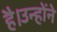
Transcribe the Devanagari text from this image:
है।उन्होंने